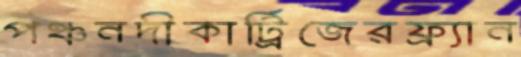
পঞ্চনদীকার্ট্রিজেরফ্র্যান